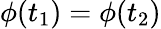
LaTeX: \phi(t_{1})=\phi(t_{2})